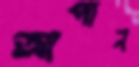
আগান